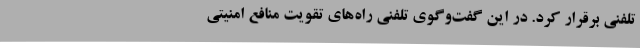
تلفنی برقرار کرد. در این گفت‌وگوی تلفنی راه‌های تقویت منافع امنیتی